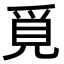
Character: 覓